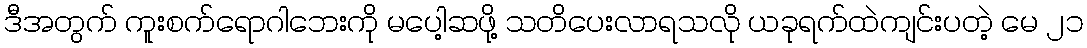
ဒီအတွက် ကူးစက်ရောဂါဘေးကို မပေါ့ဆဖို့ သတိပေးလာရသလို ယခုရက်ထဲကျင်းပတဲ့ မေ ၂၁